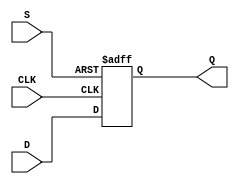
module d_flip_flop(
    input D,
    input CLK,
    input S,
    output Q
);

reg Q;

always @(posedge CLK or posedge S) begin
    if (S) begin
        Q <= 1'b1;
    end else begin
        Q <= D;
    end
end

endmodule